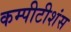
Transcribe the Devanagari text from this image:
कम्पीटीशंस